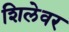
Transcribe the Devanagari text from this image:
शिलेवर